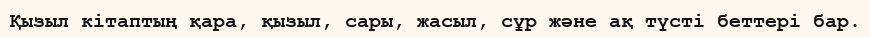
Қызыл кітаптың қара, қызыл, сары, жасыл, сұр және ақ түсті беттері бар.